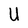
Character: U